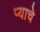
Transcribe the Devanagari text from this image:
प्याचे